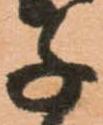
千